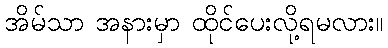
အိမ်သာ အနားမှာ ထိုင်ပေးလို့ရမလား။